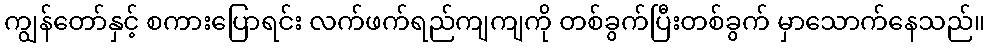
ကျွန်တော်နှင့် စကားပြောရင်း လက်ဖက်ရည်ကျကျကို တစ်ခွက်ပြီးတစ်ခွက် မှာသောက်နေသည်။